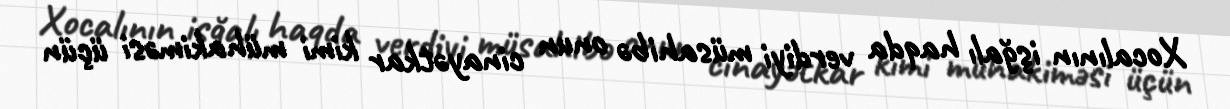
Xocalının işğalı haqda verdiyi müsahibə onun cinayətkar kimi mühakiməsi üçün